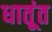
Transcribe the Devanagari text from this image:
धातूंत